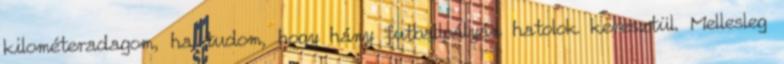
kilométeradagom, ha tudom, hogy hány futballpályán hatolok keresztül. Mellesleg